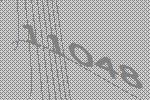
11048